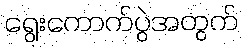
ရွေးကောက်ပွဲအတွက်